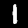
Digit: 1